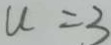
u = 3